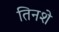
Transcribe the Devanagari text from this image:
तिनशे